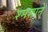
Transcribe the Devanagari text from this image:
श्मशाने